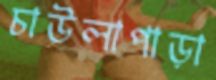
চাউলাপাড়া